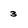
Character: 3